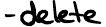
- delete